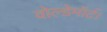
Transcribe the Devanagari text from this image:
वोल्डेमॉर्ट।